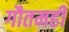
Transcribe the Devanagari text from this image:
गौतमही